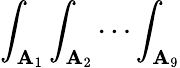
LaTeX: \int_{\mathbf{A}_{1}}\int_{\mathbf{A}_{2}}\dotsi\int_{\mathbf{A}_{9}}